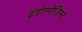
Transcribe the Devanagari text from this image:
इंडोलॉजिस्ट